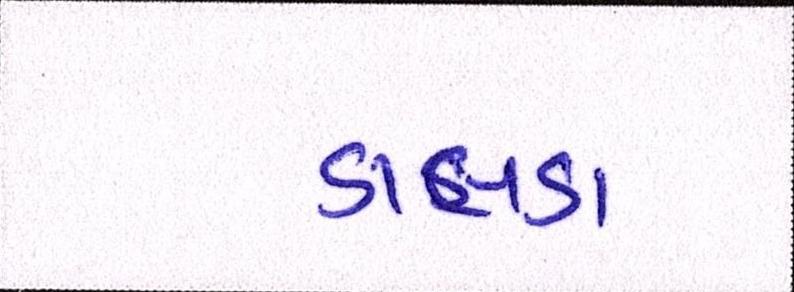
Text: ડાલડા